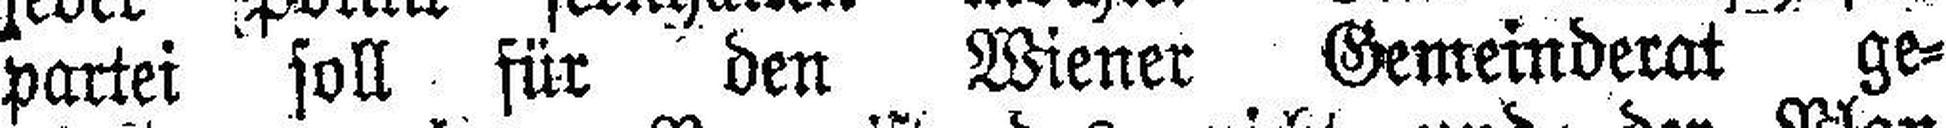
partei soll für den Wiener Gemeinderat ge¬